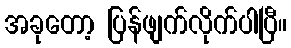
အခုတော့ ပြန်ဖျက်လိုက်ပါပြီ။